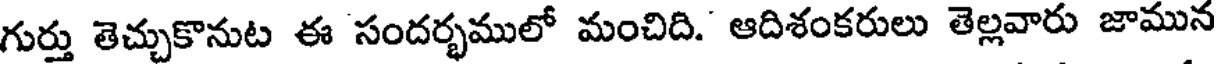
గుర్తు తెచ్చుకొనుట ఈ సందర్భములో మంచిది. ఆదిశంకరులు తెల్లవారు జామున